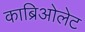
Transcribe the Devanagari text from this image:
काब्रिओलेट